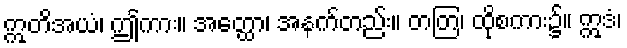
ဣတိအယံ၊ ဤကား။ အတ္ထော၊ အနက်တည်း။ တတြ၊ ထိုစကား၌။ ဣဒံ၊